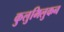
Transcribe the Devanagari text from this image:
कुलुमिलुकन